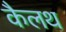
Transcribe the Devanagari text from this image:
कैलथ